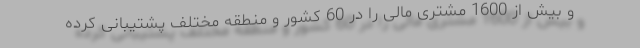
و بیش از 1600 مشتری مالی را در 60 کشور و منطقه مختلف پشتیبانی کرده